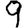
Digit: 9